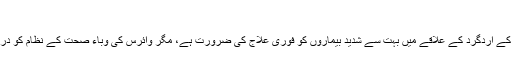
"
ان کا کہنا تھا کہ ان کے اردگرد کے علاقے میں بہت سے شدید بیماروں کو فوری علاج کی ضرورت ہے، مگر وائرس کی وباء صحت کے نظام کو درہم برہم کر رہی ہے۔